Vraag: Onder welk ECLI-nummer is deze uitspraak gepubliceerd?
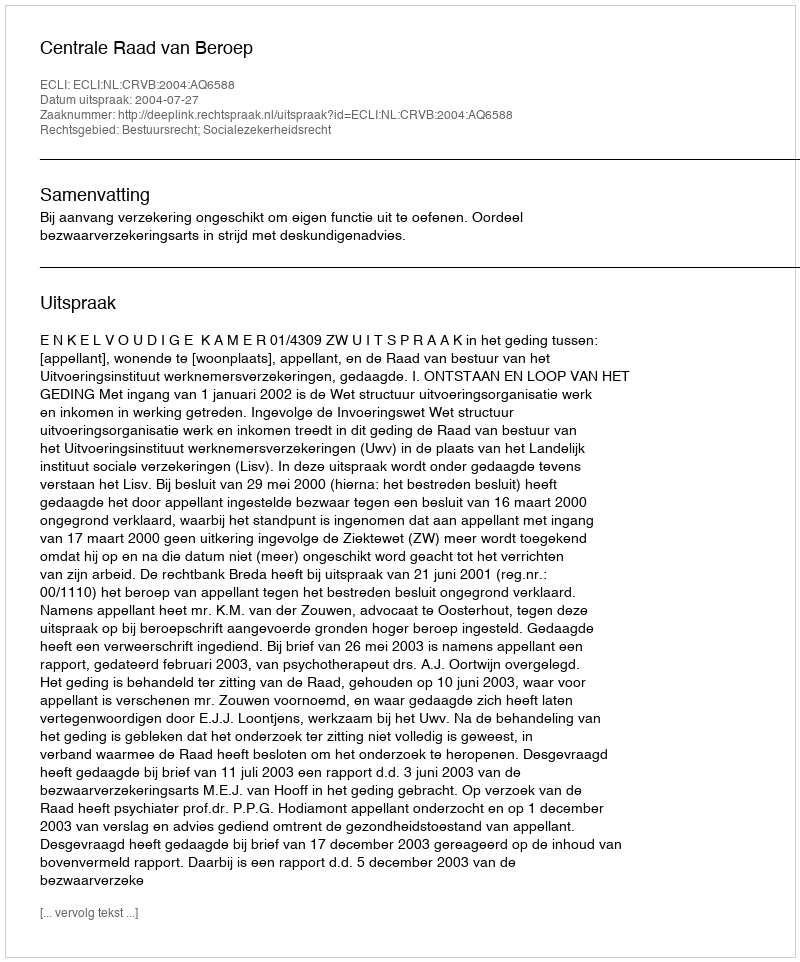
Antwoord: ECLI:NL:CRVB:2004:AQ6588